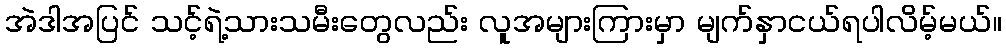
အဲဒါအပြင် သင့်ရဲ့သားသမီးတွေလည်း လူအများကြားမှာ မျက်နှာငယ်ရပါလိမ့်မယ်။